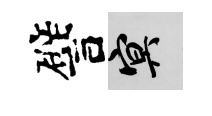
譬冥